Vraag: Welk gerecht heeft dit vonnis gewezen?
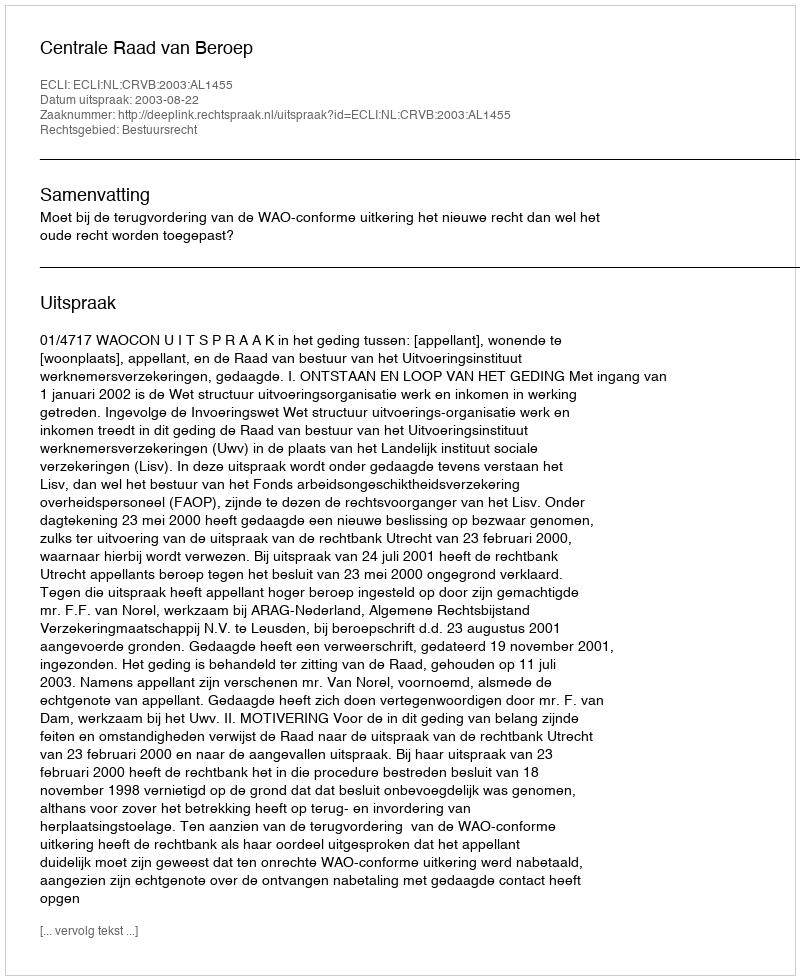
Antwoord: Centrale Raad van Beroep